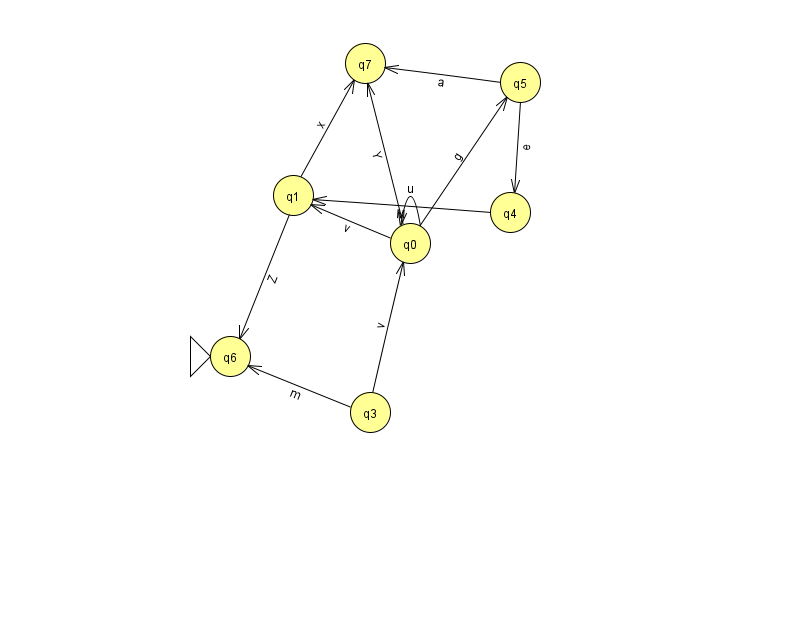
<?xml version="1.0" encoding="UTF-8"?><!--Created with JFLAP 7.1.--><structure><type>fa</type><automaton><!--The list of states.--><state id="0" name="q0"><x>410.0</x><y>230.0</y></state><state id="1" name="q1"><x>293.0</x><y>182.0</y></state><state id="3" name="q3"><x>370.0</x><y>399.0</y></state><state id="4" name="q4"><x>510.0</x><y>199.0</y></state><state id="5" name="q5"><x>520.0</x><y>69.0</y></state><state id="6" name="q6"><x>230.0</x><y>343.0</y><initial/></state><state id="7" name="q7"><x>365.0</x><y>50.0</y></state><!--The list of transitions.--><transition><from>1</from><to>7</to><read>x</read></transition><transition><from>3</from><to>6</to><read>m</read></transition><transition><from>5</from><to>4</to><read>e</read></transition><transition><from>0</from><to>5</to><read>g</read></transition><transition><from>0</from><to>0</to><read>u</read></transition><transition><from>1</from><to>6</to><read>Z</read></transition><transition><from>4</from><to>1</to><read>M</read></transition><transition><from>5</from><to>7</to><read>a</read></transition><transition><from>0</from><to>7</to><read>Y</read></transition><transition><from>3</from><to>0</to><read>v</read></transition><transition><from>0</from><to>1</to><read>v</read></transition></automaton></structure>